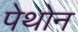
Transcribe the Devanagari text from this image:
पेथोन